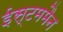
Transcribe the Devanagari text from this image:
ईस्टममैन